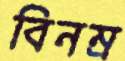
বিনম্র